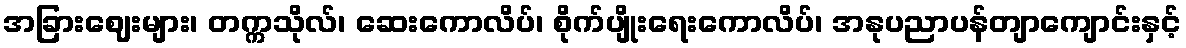
အခြားဈေးများ၊ တက္ကသိုလ်၊ ဆေးကောလိပ်၊ စိုက်ပျိုးရေးကောလိပ်၊ အနုပညာပန်တျာကျောင်းနှင့်